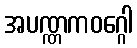
အပဏ္ဏကဝဂ္ဂေါ